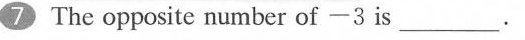
7 The opposite number of—3 is___.